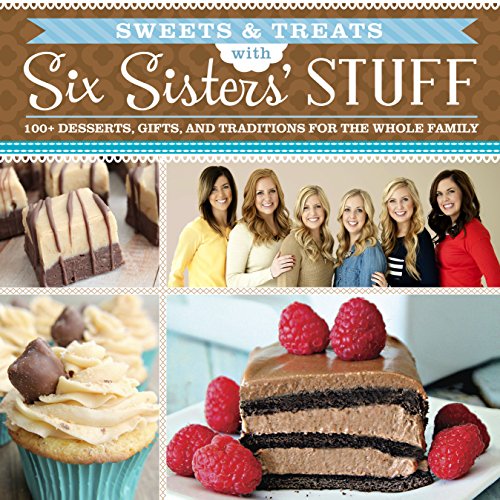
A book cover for Sweets & Treats With Six Sisters' Stuff: 100+ Desserts, Gift Ideas, and Traditions for the Whole Family; Six Sisters' Stuff; Cookbooks, Food & Wine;